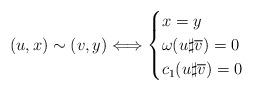
LaTeX: \begin{gather*}(u,x)\sim(v,y)\Longleftrightarrow \begin{cases} x=y \\ \omega(u\sharp \overline{v})=0 \\ c_1(u\sharp \overline{v})=0\end{cases}\end{gather*}